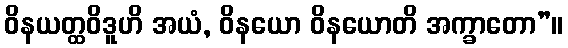
ဝိနယတ္ထဝိဒူဟိ အယံ, ဝိနယော ဝိနယောတိ အက္ခာတော”။